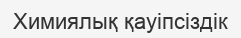
Химиялық қауіпсіздік